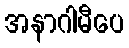
အနာဂါမီပေ